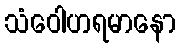
သံဝေါဟရမာနော